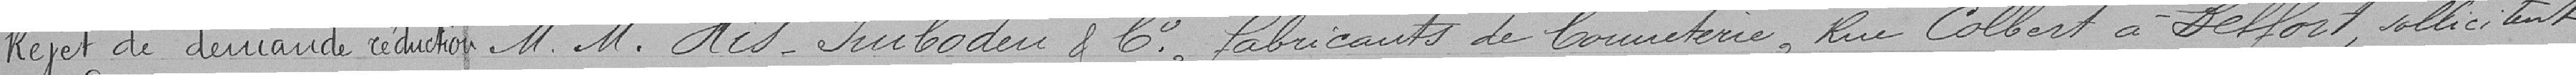
Rejet de demande réduction     M.M. His-Imboden & Cie, fabricants de bonneterie, rue Colbert à Belfort, sollicitent